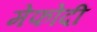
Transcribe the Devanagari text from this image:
मेफोदी